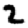
Digit: 2